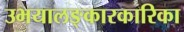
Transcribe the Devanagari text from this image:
उभयालङ्कारकारिका